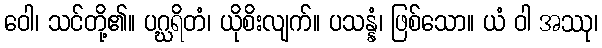
ဝေါ၊ သင်တို့၏။ ပဂ္ဃရိတံ၊ ယိုစိးလျက်။ ပသန္နံ၊ ဖြစ်သော။ ယံ ဝါ အဿု၊